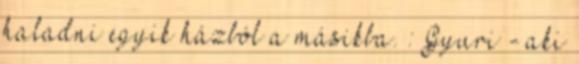
haladni egyik házból a másikba. : Gyuri - aki